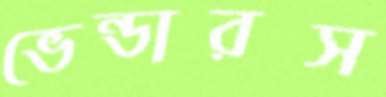
ভেন্ডারস